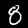
Label: 8